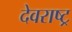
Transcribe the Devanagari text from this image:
देवराष्ट्र